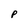
Character: P